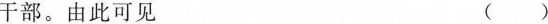
干部。由此可见 ()